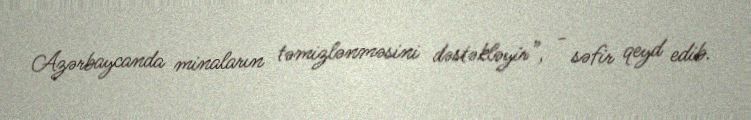
Azərbaycanda minaların təmizlənməsini dəstəkləyir”, - səfir qeyd edib.